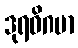
ဒုရဓိဂမာ